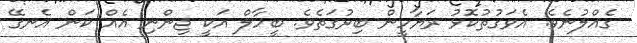
ގެއްލުނެވެ. އެވަގުތުކޮޅު ރަޔާހީން ބިރުގަތެވެ. ބީހާލް އަކީ ޖިންނި އެއް ކަން އެނގޭ